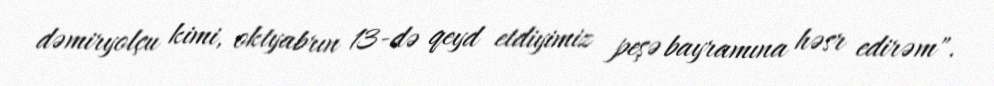
dəmiryolçu kimi, oktyabrın 13-də qeyd etdiyimiz peşə bayramına həsr edirəm".